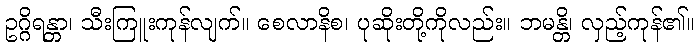
ဥဂ္ဂိရန္တာ၊ သီးကြူးကုန်လျက်။ စေလာနိစ၊ ပုဆိုးတို့ကိုလည်း။ ဘမန္တိ၊ လှည့်ကုန်၏။